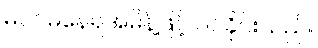
မဝင်မနေရအမိန့်ဖြင့် ဝင်ခိုင်းသည်။